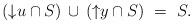
LaTeX: \begin{align*}\begin{minipage}[c]{35pc}$({\downarrow}u\cap S)\,\cup\,({\uparrow}y\cap S)\ =\ S.$\end{minipage}\end{align*}